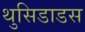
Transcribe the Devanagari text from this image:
थुसिडाडस